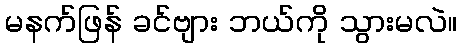
မနက်ဖြန် ခင်ဗျား ဘယ်ကို သွားမလဲ။